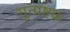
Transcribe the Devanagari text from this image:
गुनाष्टक